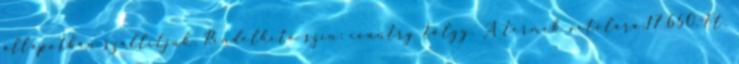
állapotban szállítjuk. Rendelhető szín: country tölgy. A termék vételára:17.650.-Ft.